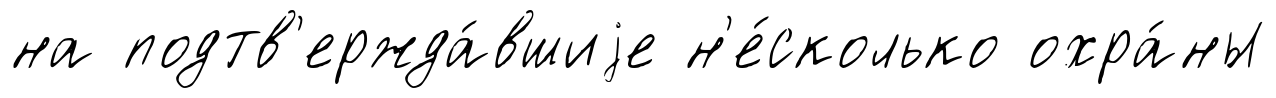
на подтв'ержда́вшиjе н'е́сколько охра́ны